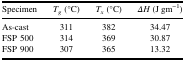
<table><thead><tr><td><b>Specimen</b></td><td><b><i>T</i><sub><i>g</i></sub> (°C)</b></td><td><b><i>T</i><sub><i>x</i></sub> (°C)</b></td><td><b><i>ΔH</i> (J gm<sup>−1</sup>)</b></td></tr></thead><tbody><tr><td>As-cast</td><td>311</td><td>382</td><td>34.47</td></tr><tr><td>FSP 500</td><td>314</td><td>369</td><td>30.87</td></tr><tr><td>FSP 900</td><td>307</td><td>365</td><td>13.32</td></tr></tbody></table>